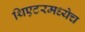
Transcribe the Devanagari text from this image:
थिएटरमध्येच